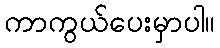
ကာကွယ်ပေးမှာပါ။